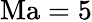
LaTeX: \mathrm{Ma}=5